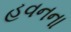
હવનના